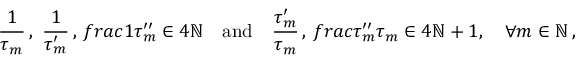
\frac { 1 } { \tau _ { m } } \, , \ \frac { 1 } { \tau _ { m } ^ { \prime } } \, , \, f r a c { 1 } { \tau _ { m } ^ { \prime \prime } } \in 4 \ensuremath { \mathbb { N } } \quad \mathrm { a n d } \quad \frac { \tau _ { m } ^ { \prime } } { \tau _ { m } } \, , \, f r a c { \tau _ { m } ^ { \prime \prime } } { \tau _ { m } } \in 4 \ensuremath { \mathbb { N } } + 1 , \quad \forall m \in \ensuremath { \mathbb { N } } \, ,